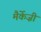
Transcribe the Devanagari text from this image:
मैर्केज़ी